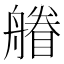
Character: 䒅